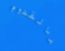
بالقدوم